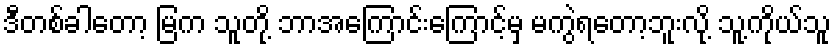
ဒီတစ်ခါတော့ မြက သူတို့ ဘာအကြောင်းကြောင့်မှ မကွဲရတော့ဘူးလို့ သူ့ကိုယ်သူ